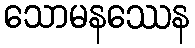
သောမနဿေန